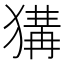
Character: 𤠰